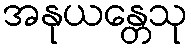
အနုယန္တေသု